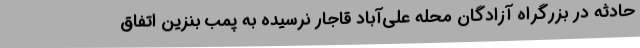
حادثه در بزرگراه آزادگان محله علی‌آباد قاجار نرسیده به پمب بنزین اتفاق